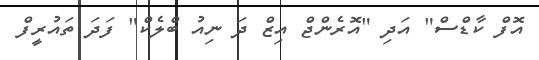
އޮފް ކާޑްސް" އަދި "އޮރެންޖް އިޒް ދަ ނިއު ބްލެކް" ފަދަ ތައުރީފް